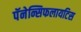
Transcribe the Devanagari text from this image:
पॅनेन्सिफलायटिस